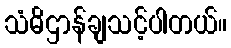
သံဓိဌာန်ချသင့်ပါတယ်။